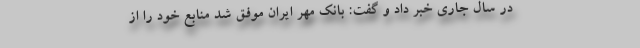
در سال جاری خبر داد و گفت: بانک مهر ایران موفق شد منابع خود را از